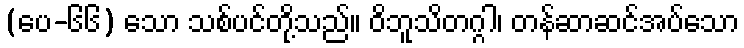
(ပေ-၆၆) သော သစ်ပင်တို့သည်။ ဝိဘူသိတဂ္ဂါ၊ တန်ဆာဆင်အပ်သော